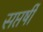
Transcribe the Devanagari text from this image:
सप्तर्षीं